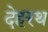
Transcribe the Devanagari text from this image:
देहरथ